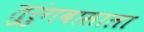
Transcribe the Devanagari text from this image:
तुरुंगवासाला